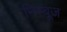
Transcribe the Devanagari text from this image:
निम्बूज